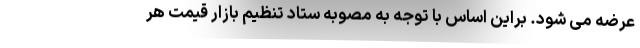
عرضه می شود. براین اساس با توجه به مصوبه ستاد تنظیم بازار قیمت هر